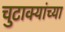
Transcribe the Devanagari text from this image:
चुटाक्यांच्या